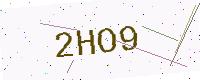
Text: 2HO9